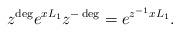
LaTeX: \begin{align*} z^{\deg} e^{xL_{1}}z^{-\deg}=e^{z^{-1}xL_{1}}.\end{align*}